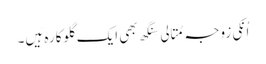
اُنکی زوجہ مِتالی سِنگھ بھی ایک گلوکارہ ہَیں۔